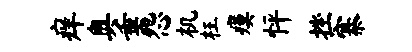
痒奥垂怨机枉瘼怦挫寨